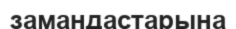
замандастарына